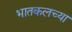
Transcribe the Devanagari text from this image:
भातकलच्या